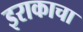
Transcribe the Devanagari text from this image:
इराकाचा